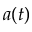
a ( t )